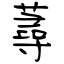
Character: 蕁